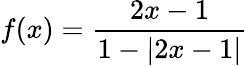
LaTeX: f(x)={\frac{2x-1}{1-\vert{2x-1}\vert}}